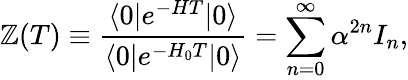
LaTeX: \mathbb{Z}(T)\equiv{\frac{{\langle0|e^{-HT}|0\rangle}}{{\langle0|e^{-H_{0}T}|0\rangle}}}=\sum_{n=0}^{\infty}\alpha^{2n}I_{n},